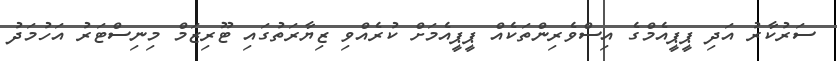
ސަރުކާރު އަދި ޕީޕީއެމްގެ އިސްވެރިންތަކެއް ޕީޕީއެމަށް ކުރެއްވި ޒިޔާރަތުގައި ޓޫރިޒަމް މިނިސްޓަރު އަހުމަދު